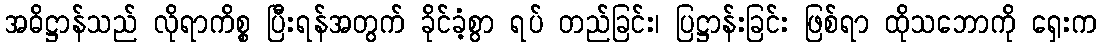
အဓိဋ္ဌာန်သည် လိုရာကိစ္စ ပြီးရန်အတွက် ခိုင်ခံ့စွာ ရပ် တည်ခြင်း၊ ပြဋ္ဌာန်းခြင်း ဖြစ်ရာ ထိုသဘောကို ရှေးက